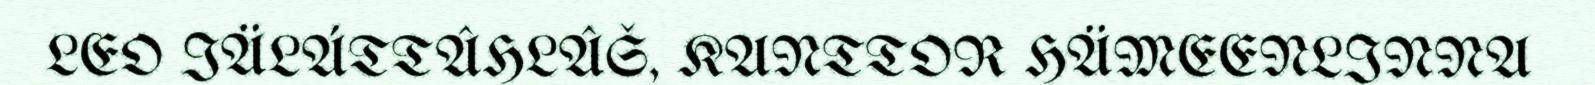
LEO IÄLÁTTÂHLÂŠ, KANTTOR HÄMEENLINNA